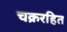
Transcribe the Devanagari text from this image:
चक्ररहित